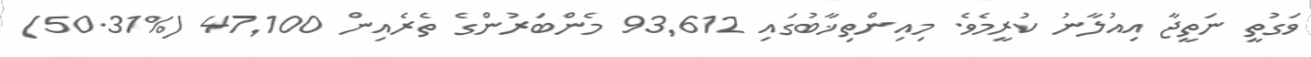
ވަގުތީ ނަތީޖާ އިއުލާނު ކުރީމެވެ. މިއިންތިޚާބުގައި 93